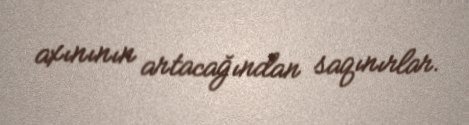
axınının artacağından saqınırlar.